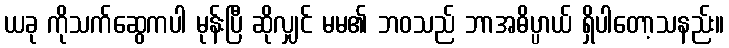
ယခု ကိုသက်ဆွေကပါ မုန်းပြီ ဆိုလျှင် မမ၏ ဘဝသည် ဘာအဓိပ္ပာယ် ရှိပါတော့သနည်း။